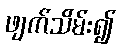
ဖျက်သိမ်း၍